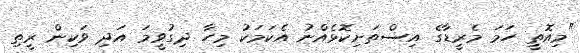
"މިއޮތީ ހަމަ މެރީޑާގެ އިސްތަށިކޮޅެއްނު އެކަމަކު މިހާ ދިގުވީމަ އަދި ވަކިން ރީތި